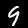
Label: 9